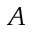
A